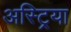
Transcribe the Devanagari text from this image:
अस्ट्रिया